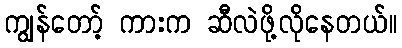
ကျွန်တော့် ကားက ဆီလဲဖို့လိုနေတယ်။